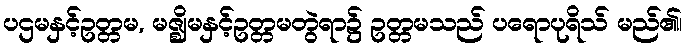
ပဌမနှင့်ဥတ္တမ, မဇ္ဈိမနှင့်ဥတ္တမတွဲရာ၌ ဥတ္တမသည် ပရောပုရိသ် မည်၏၊